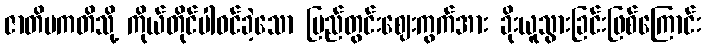
ဇာတိပကတိသို့ ကိုယ်တိုင်ပါဝင်ခဲ့သော ပြည်တွင်းဈေးကွက်အား ခိုးယူသွားခြင်းဖြစ်ကြောင်း